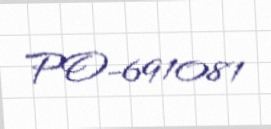
PO-691081